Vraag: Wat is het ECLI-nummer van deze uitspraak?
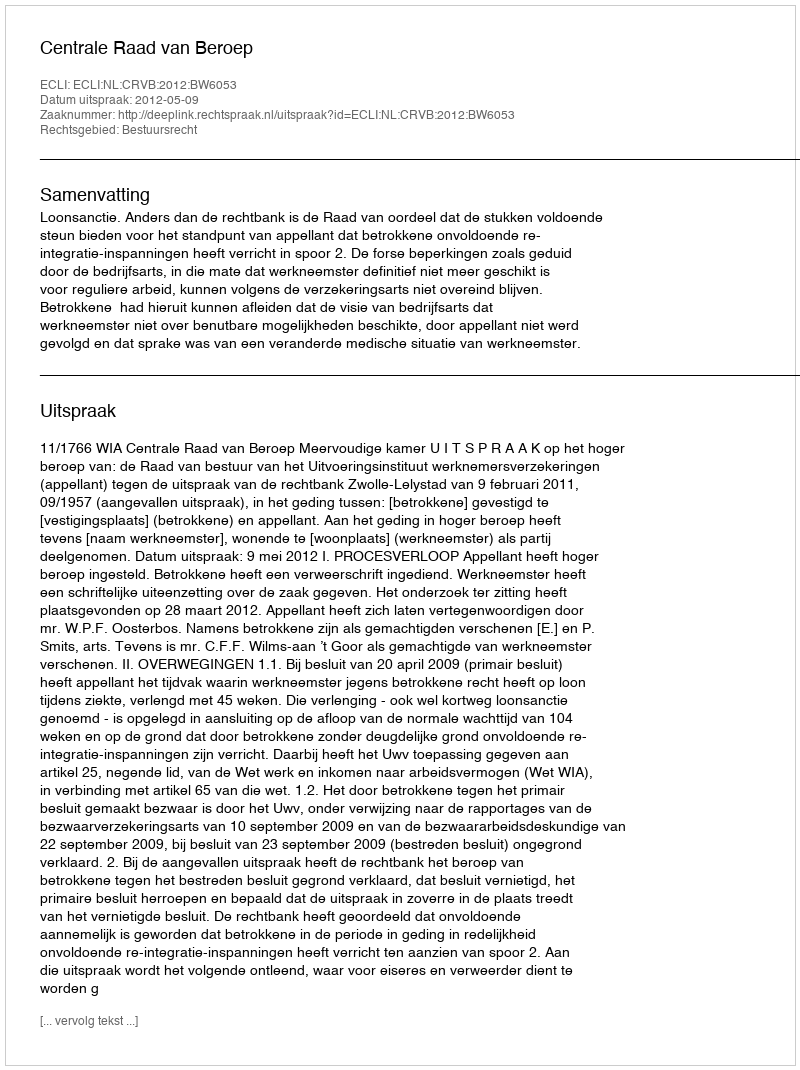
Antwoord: ECLI:NL:CRVB:2012:BW6053